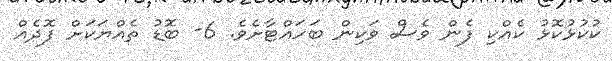
ކުކުޅުކޮޅު ކެއްކި ފެން ވެސް ވަކިން ބަހައްޓާށެވެ. 6- ބޮޑު ތެއްޔަކަށް ފޮދެއް